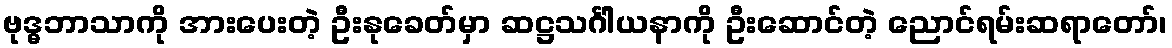
ဗုဒ္ဓဘာသာကို အားပေးတဲ့ ဦးနုခေတ်မှာ ဆဋ္ဌသင်္ဂါယနာကို ဦးဆောင်တဲ့ ညောင်ရမ်းဆရာတော်၊